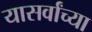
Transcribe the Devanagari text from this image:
यासर्वांच्या